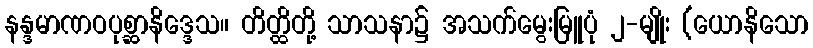
နန္ဒမာဏဝပုစ္ဆာနိဒ္ဒေသ။ တိတ္ထိတို့ သာသနာ၌ အသက်မွေးမြူပုံ ၂-မျိုး (ယောနိသော